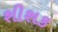
શીશક